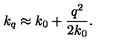
k _ { q } \approx k _ { 0 } + \frac { q ^ { 2 } } { 2 k _ { 0 } } .